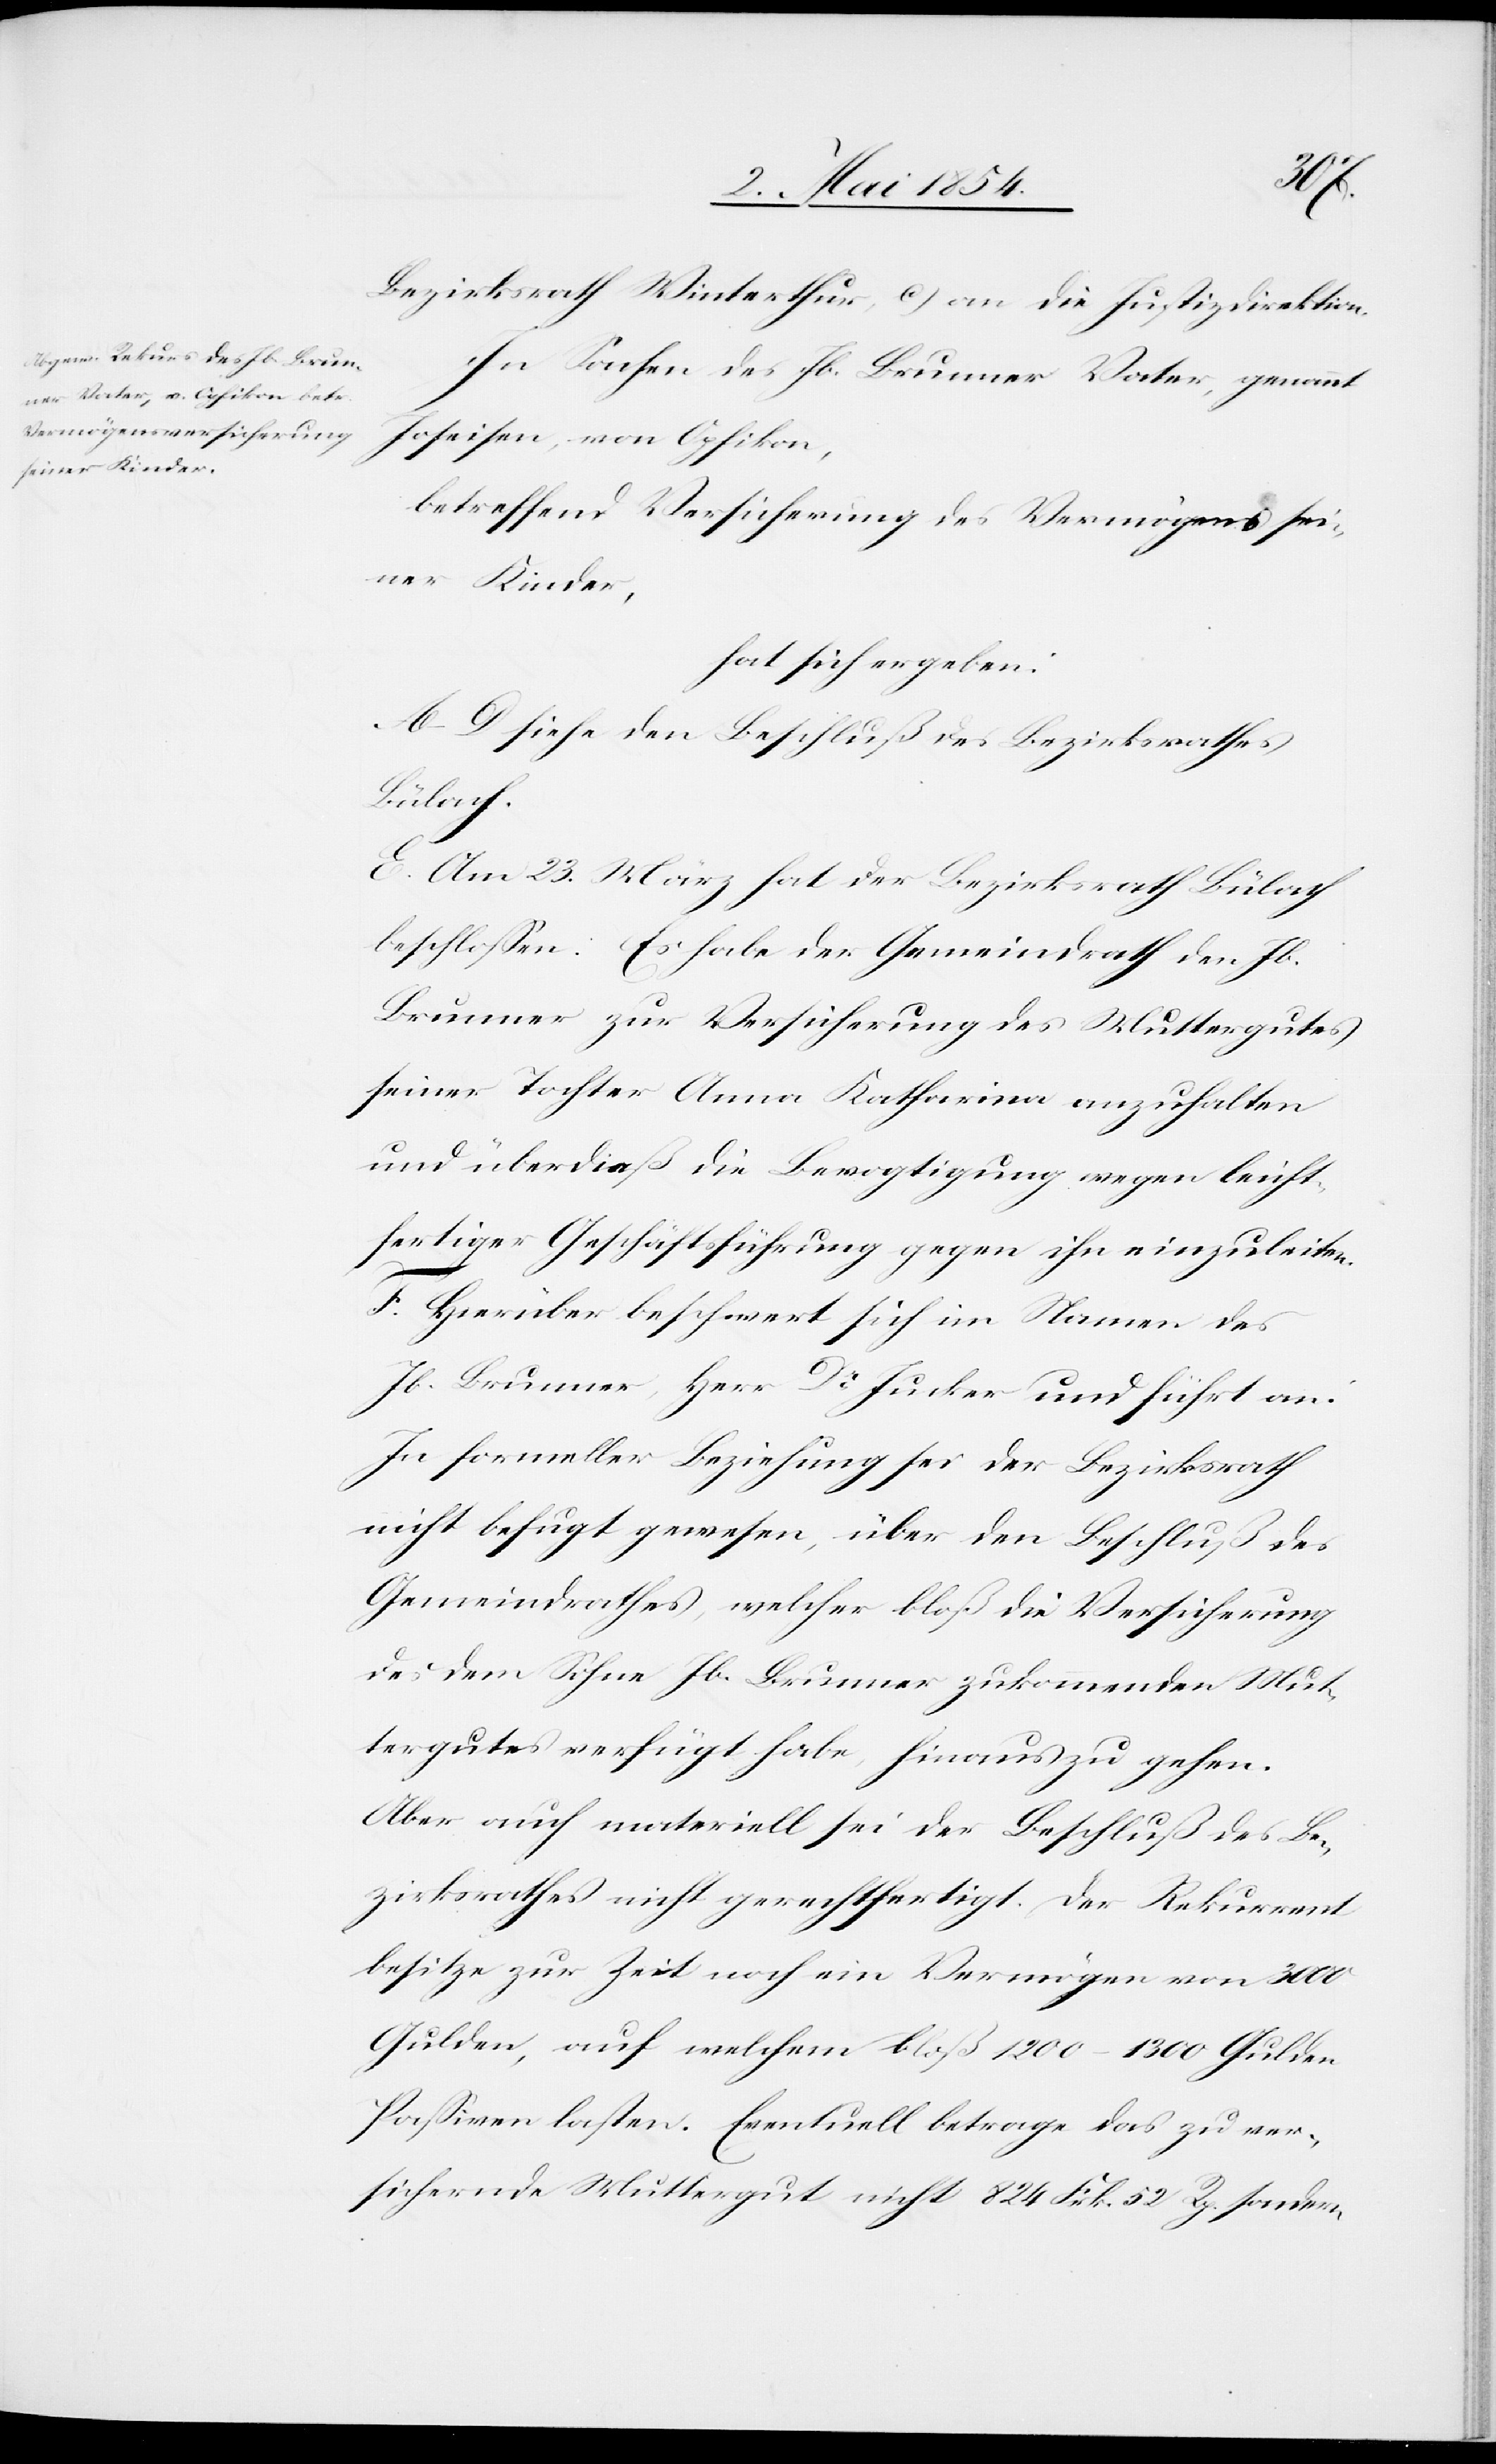
Bezirksrath Winterthur, c) an die Justizdirektion.
In Sachen des Jb. Brunner Vater, genannt
Joseisen, von Opfikon,
betreffend Versicherung des Vermögens sei¬
ner Kinder,
hat sich ergeben:
A.–D. siehe den Beschluß des Bezirksrathes
Bülach.
E. Am 23. März hat der Bezirksrath Bülach
beschloßen: Es habe der Gemeindrath den Jb.
Brunner zur Versicherung des Muttergutes
seiner Tochter Anna Katharina anzuhalten
und überdieß die Bevogtigung wegen leicht¬
fertiger Geschäftsführung gegen ihn einzuleiten.
F. Hierüber beschwert sich im Namen des
Jb. Brunner, Herr Dr Jucker und führt an:
In formeller Beziehung sei der Bezirksrath
nicht befugt gewesen, über den Beschluß des
Gemeindrathes, welcher bloß die Versicherung
des dem Sohne Jb. Brunner zukommenden Mut¬
tergutes verfügt habe, hinaus zu gehen.
Aber auch materiell sei der Beschluß des Be¬
zirksrathes nicht gerechtfertigt. Der Rekurrent
besitze zur Zeit noch ein Vermögen von 3000
Gulden, auf welchem bloß 1200–1300 Gulden
Paßiven lasten. Eventuell betrage das zu ver¬
sichernde Muttergut nicht 824 Fr. 52 Rp. sondern